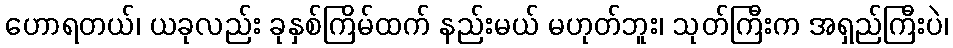
ဟောရတယ်၊ ယခုလည်း ခုနှစ်ကြိမ်ထက် နည်းမယ် မဟုတ်ဘူး၊ သုတ်ကြီးက အရှည်ကြီးပဲ၊